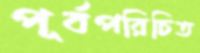
পূর্বপরিচিত